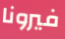
فيرونا